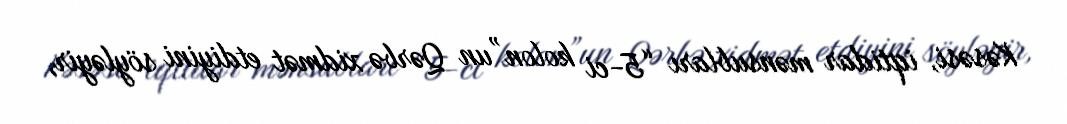
Kəsəsi, iqtidar mənsubları “5-ci kolon”un Qərbə xidmət etdiyini söyləyir,